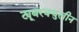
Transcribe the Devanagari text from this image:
ट्यूबरक्युलीन